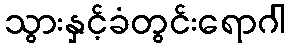
သွားနှင့်ခံတွင်းရောဂါ